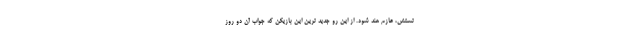
تستش، عازم هند شود. از این رو جدید ترین این بازیکن که جواب آن دو روز